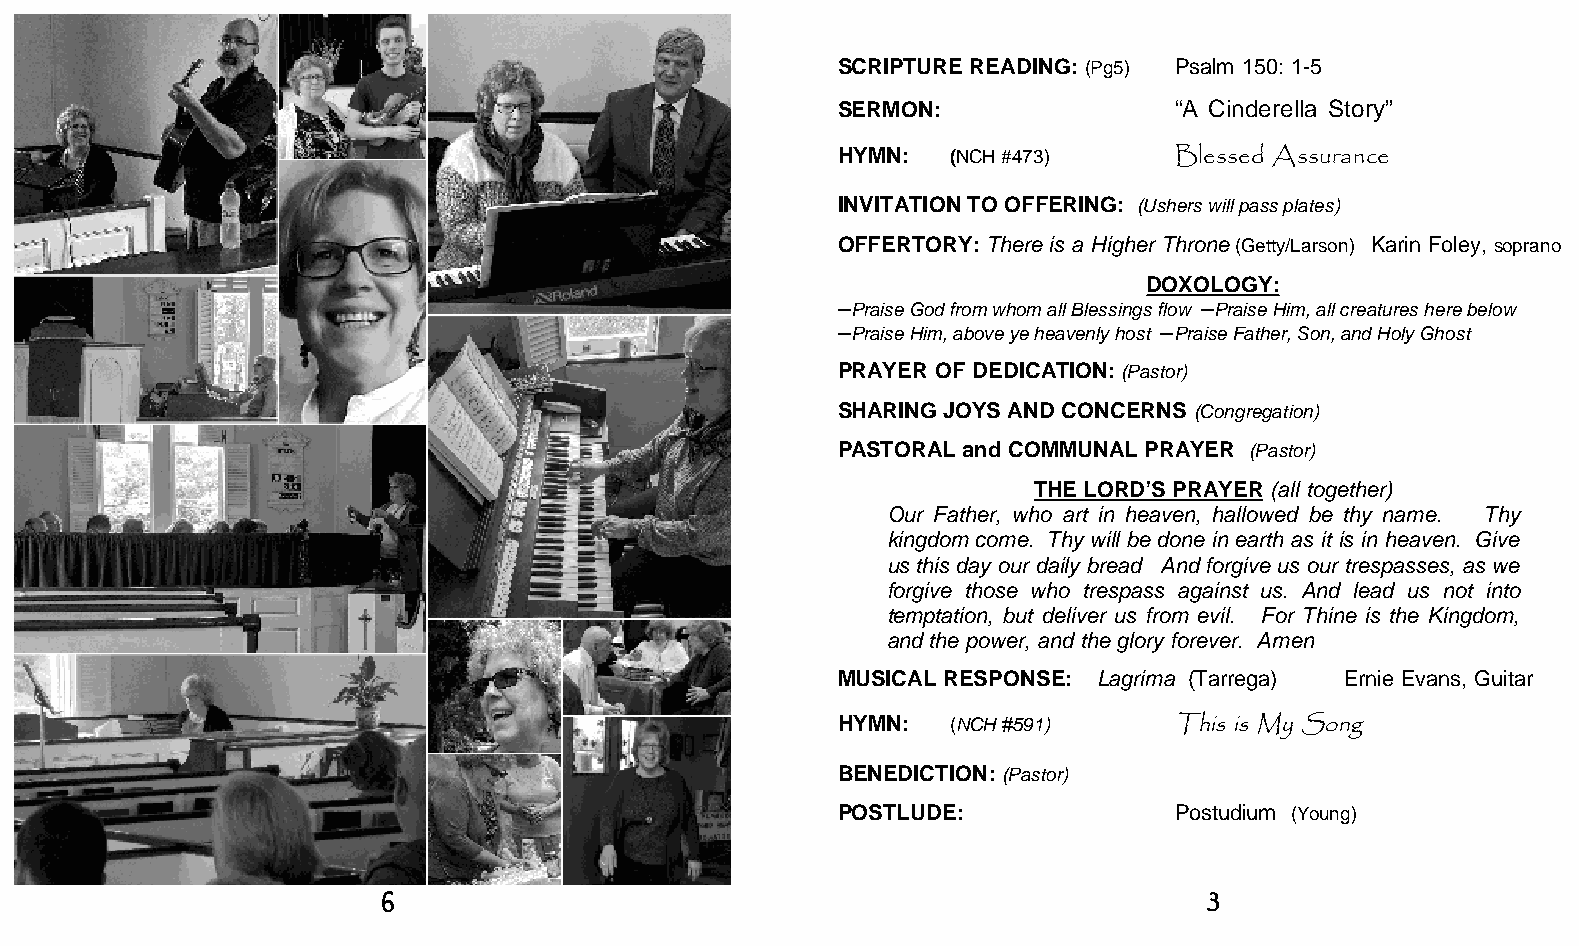
SCRIPTURE READING: (Pg5) Psalm 150: 1-5
 SERMON:               “A Cinderella Story”
 HYMN:   (NCH #473)    Blessed Assurance
 INVITATION TO OFFERING: (Ushers will pass plates)
 OFFERTORY: There is a Higher Throne (Getty/Larson) Karin Foley, soprano
 DOXOLOGY:
 ─Praise God from whom all Blessings flow ─Praise Him, all creatures here below
 ─Praise Him, above ye heavenly host ─Praise Father, Son, and Holy Ghost
 PRAYER OF DEDICATION: (Pastor)
 SHARING JOYS AND CONCERNS (Congregation)
 PASTORAL and COMMUNAL PRAYER (Pastor)
 THE LORD’S PRAYER (all together)
 Our Father, who art in heaven, hallowed be thy name. Thy
 kingdom come. Thy will be done in earth as it is in heaven. Give
 us this day our daily bread And forgive us our trespasses, as we
 forgive those who trespass against us. And lead us not into
 temptation, but deliver us from evil. For Thine is the Kingdom,
 and the power, and the glory forever. Amen
 MUSICAL RESPONSE: Lagrima (Tarrega) Ernie Evans, Guitar
 HYMN:   (NCH #591)    This is My Song
 BENEDICTION: (Pastor)
 POSTLUDE:             Postudium (Young)
 6                                                      3